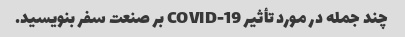
چند جمله در مورد تأثیر COVID-19 بر صنعت سفر بنویسید.